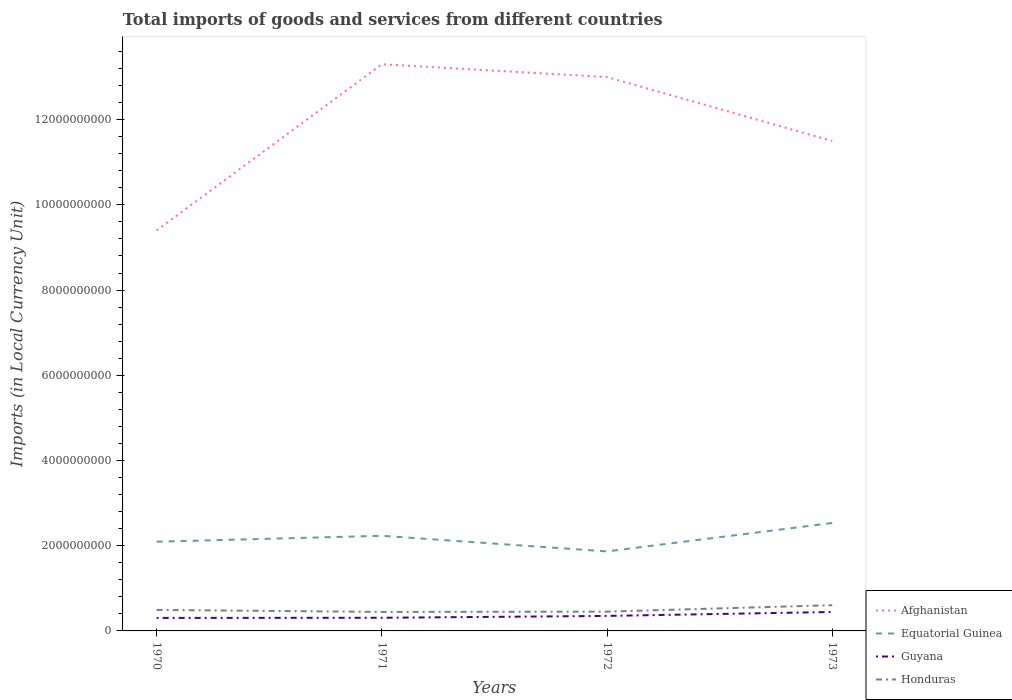
| Years | Afghanistan | Equatorial Guinea | Guyana | Honduras |
 | --- | --- | --- | --- | --- |
 | 1970 | 9.4e+09 | 2.09e+09 | 3.05e+08 | 4.93e+08 |
 | 1971 | 1.33e+10 | 2.23e+09 | 3.08e+08 | 4.46e+08 |
 | 1972 | 1.3e+10 | 1.87e+09 | 3.52e+08 | 4.53e+08 |
 | 1973 | 1.15e+10 | 2.53e+09 | 4.44e+08 | 6.04e+08 |